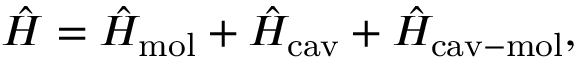
\hat { H } = \hat { H } _ { \mathrm { m o l } } + \hat { H } _ { \mathrm { c a v } } + \hat { H } _ { \mathrm { c a v - m o l } } ,